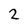
Character: 2